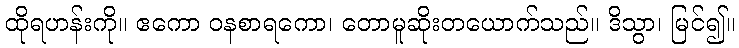
ထိုရဟန်းကို။ ဧကော ဝနစာရကော၊ တောမူဆိုးတယောက်သည်။ ဒိသွာ၊ မြင်၍။